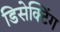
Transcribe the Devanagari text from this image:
डिसेक्टिंग